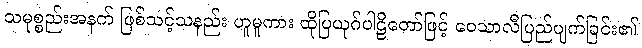
သမုစ္စည်းအနက် ဖြစ်သင့်သနည်း ဟူမူကား ထိုပြယုဂ်ပါဠိတော်ဖြင့် ဝေသာလီပြည်ပျက်ခြင်း၏